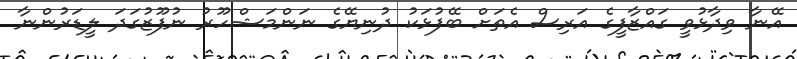
އޭނާ ވިދާޅުވީ ގައްޒާފީގެ އަރިސް އެތަށް ބޭފުޅަކު ދުނިޔޭގެ ނަންމަޝްހޫރު ނުފޫޒުގަދަ ލީޑަރުންނާ